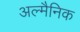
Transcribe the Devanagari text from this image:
अल्मैनिक